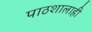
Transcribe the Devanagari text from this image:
पाठशालाही